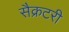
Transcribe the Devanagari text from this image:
सैक्रटरी